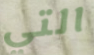
التي